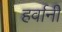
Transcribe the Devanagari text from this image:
हर्वानी